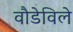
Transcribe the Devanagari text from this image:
वौडेविले